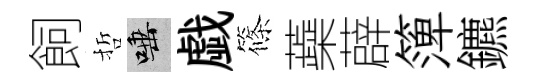
飼哲唾戯篠蘃薜𥱼鑣